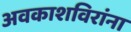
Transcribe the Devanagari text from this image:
अवकाशविरांना